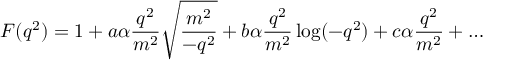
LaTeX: F ( q ^ { 2 } ) = 1 + a \alpha { \frac { q ^ { 2 } } { m ^ { 2 } } } \sqrt { \frac { m ^ { 2 } } { - q ^ { 2 } } } + b \alpha { \frac { q ^ { 2 } } { m ^ { 2 } } } \log ( - q ^ { 2 } ) + c \alpha { \frac { q ^ { 2 } } { m ^ { 2 } } } + \ldots